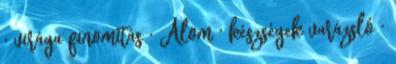
· virága finomítás · Álom · készségek varázsló ·